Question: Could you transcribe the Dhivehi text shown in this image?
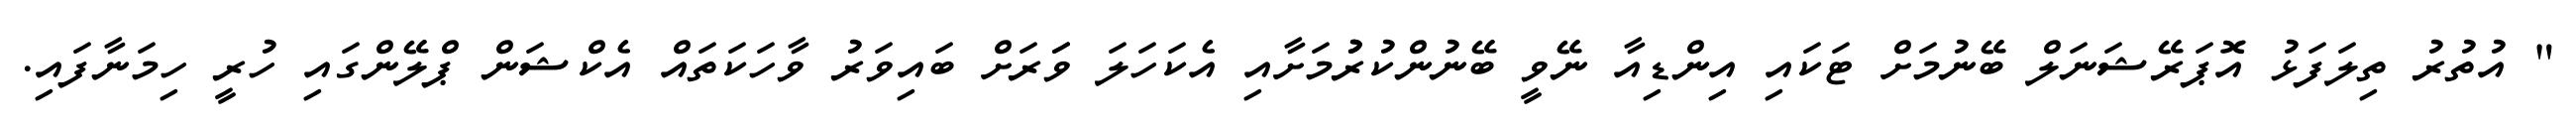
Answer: " އުތުރު ތިލަފަޅު އޮޕަރޭޝަނަލް ބޭނުމަށް ޓަކައި އިންޑިއާ ނޭވީ ބޭނުންކުރުުމަށާއި އެކަހަލަ ވަަރަށް ބައިވަރު ވާހަކަތައް އެކްޝަން ޕްލޭންގައި ހުރީ ހިމަނާފައި.